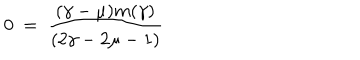
0 ~ = ~ \frac { ( \gamma - \mu ) m ( \gamma ) } { ( 2 \gamma - 2 \mu - 1 ) }